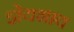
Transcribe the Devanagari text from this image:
ज्ञेयभाव